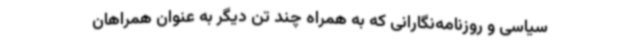
سیاسی و روزنامه‌نگارانی که به همراه چند تن دیگر به عنوان همراهان